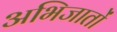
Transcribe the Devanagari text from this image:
अभिजातों